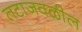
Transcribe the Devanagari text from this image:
तटाजवळील